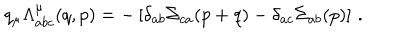
q _ { \mu } \Lambda _ { a b c } ^ { \mu } ( q , p ) = - \left[ \delta _ { a b } \Sigma _ { c a } ( p + q ) - \delta _ { a c } \Sigma _ { a b } ( p ) \right] \, .